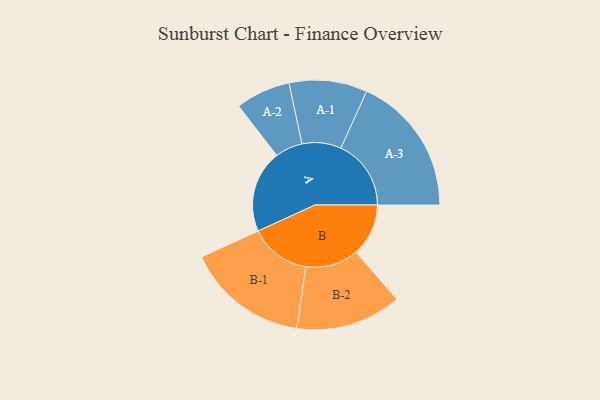
{"axis": {"x": "Segment", "y": "Value"}, "legend": ["", "A", "B"], "data": [{"x": "A", "y": 333, "type": ""}, {"x": "B", "y": 212, "type": ""}, {"x": "A-1", "y": 158, "type": "A"}, {"x": "A-2", "y": 111, "type": "A"}, {"x": "A-3", "y": 284, "type": "A"}, {"x": "B-1", "y": 247, "type": "B"}, {"x": "B-2", "y": 214, "type": "B"}]}